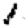
Digit: 1